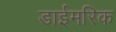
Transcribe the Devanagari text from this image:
डाईमरिक